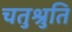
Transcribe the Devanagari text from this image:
चतुश्रुति